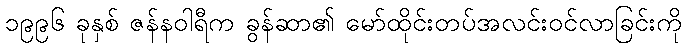
၁၉၉၆ ခုနှစ် ဇန်နဝါရီက ခွန်ဆာ၏ မော်ထိုင်းတပ်အလင်းဝင်လာခြင်းကို